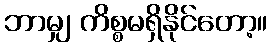
ဘာမျှ ကိစ္စမရှိနိုင်တော့။